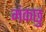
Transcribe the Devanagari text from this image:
मंकछु